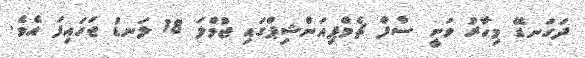
ދަގަނޑޭ މިހާރު ވަނީ ސާފް ޗެމްޕިއަންޝިޕްގައި ޖުމްލަ 18 ލަނޑު ޖަހައިފަ އެވެ.